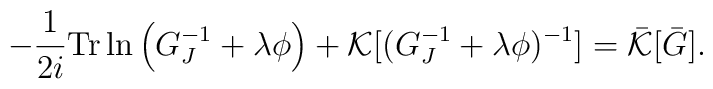
-\frac{1}{2i}{\rm Tr} \ln \left (G^{-1}_J+\lambda \phi \right)+{\cal K}[(G^{-1}_J+\lambda\phi)^{-1}]=\bar{\cal K}[\bar{G}].